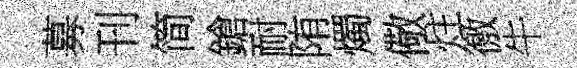
募刊简鎗耐陏燭儆炷徼牛